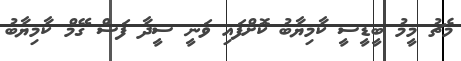
މެޗު މީމު ބީޑީސީ ކާމިޔާބު ކޮށްފައި ވަނީ ސީދާ ފަސް ގޭމް ކާމިޔާބު